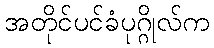
အတိုင်ပင်ခံပုဂ္ဂိုလ်က